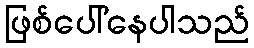
ဖြစ်ပေါ်နေပါသည်